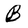
Character: B